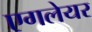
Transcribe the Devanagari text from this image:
एगलेयर